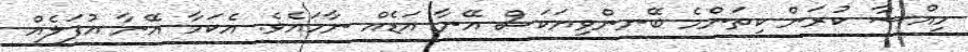
ހިއްސާ ކުރަން ކިތަންމެ ބޭނންވިޔަކަސް އޭނާ އަޑެއް ނާހައެވެ. އެކަމާ އޭނާ އުފަލެއް